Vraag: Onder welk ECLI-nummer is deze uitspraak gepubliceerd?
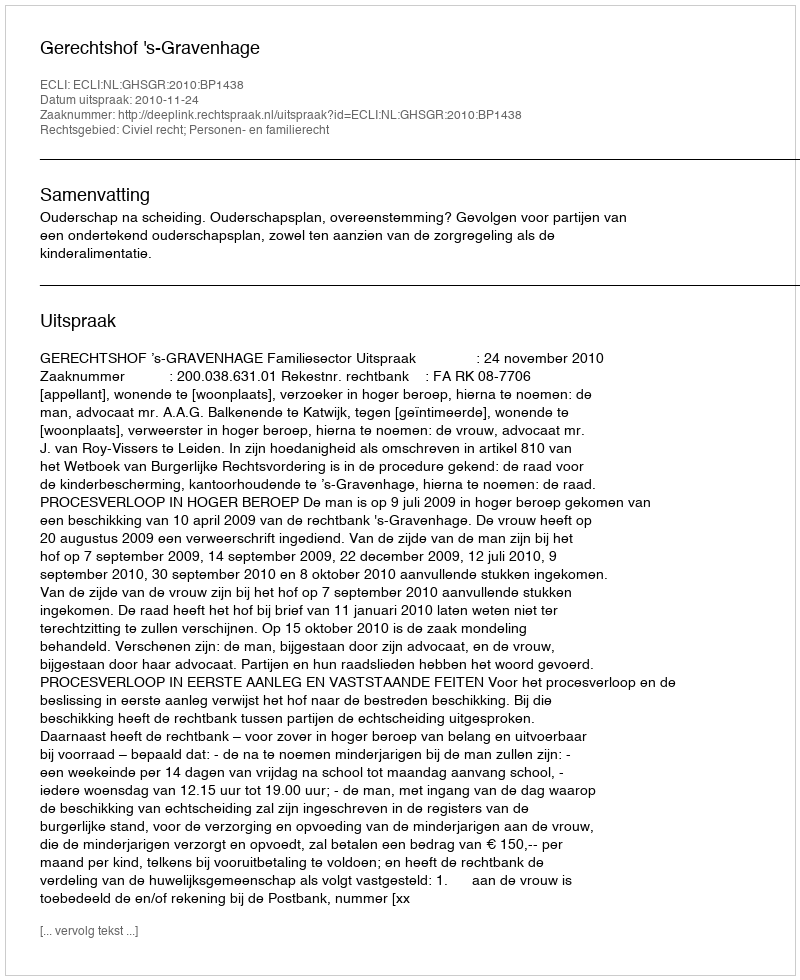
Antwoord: ECLI:NL:GHSGR:2010:BP1438